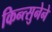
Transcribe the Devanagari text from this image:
किन्त्सुनेने